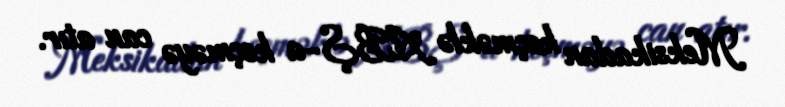
Meksikadan keçməklə ABŞ-a keçməyə can atır.